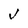
Character: V